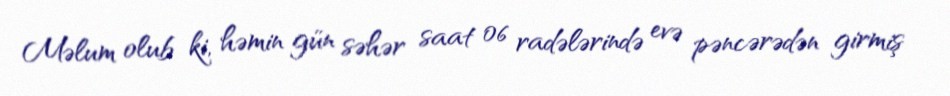
Məlum olub ki, həmin gün səhər saat 06 radələrində evə pəncərədən girmiş